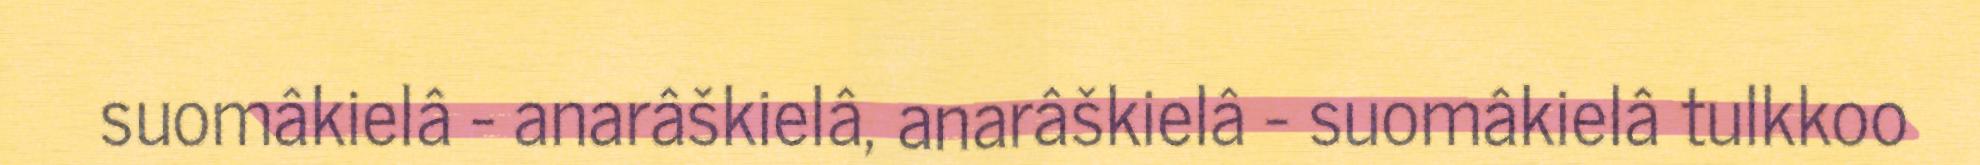
suomâkielâ - anarâškielâ, anarâškielâ - suomâkielâ tulkkoo